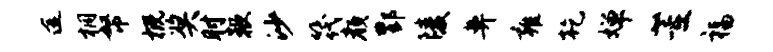
途桐帑概奖肘鞭沙筏颜酆陵鼻雍乾婵董福